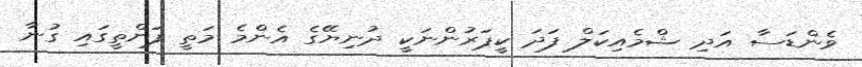
ވެންޑަސާ އަދި ޝްމެއިކަލް ފަދަ ކީޕަރުންނަކީ ދުނިޔޭގެ އެންމެ މަތީ ފަންތީގައި ގުނާ